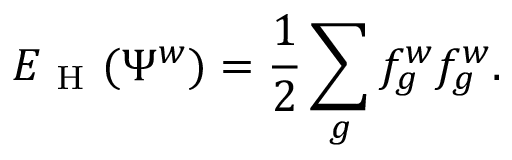
E _ { \mathrm { ~ H ~ } } ( \Psi ^ { w } ) = \frac { 1 } { 2 } \sum _ { g } f _ { g } ^ { w } f _ { g } ^ { w } .